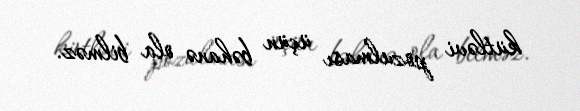
kütləvi pozulması üçün bəhanə ola bilməz.